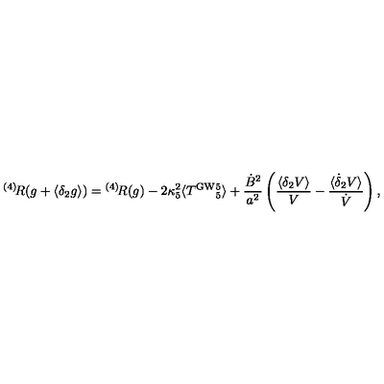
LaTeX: { } ^ { ( 4 ) } \! R ( g + \langle \delta _ { 2 } g \rangle ) = { } ^ { ( 4 ) } \! R ( g ) - 2 \kappa _ { 5 } ^ { 2 } \langle T ^ { \mathrm { G W } } { } _ { 5 } ^ { 5 } \rangle + \frac { \dot { B } ^ { 2 } } { a ^ { 2 } } \left( \frac { \langle \delta _ { 2 } V \rangle } { V } - \frac { \langle \dot { \delta } _ { 2 } V \rangle } { \dot { V } } \right) ,